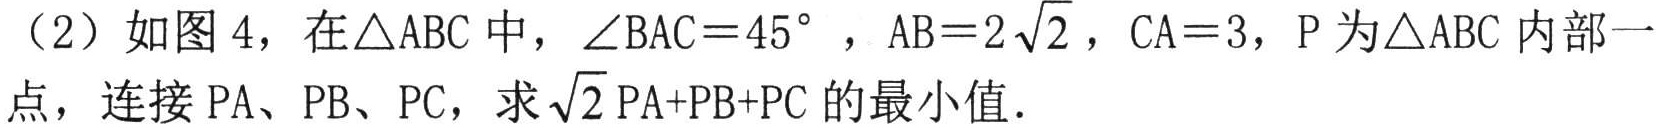
（2）如图 4，在$\triangle ABC$中，$\angle BAC = 45^{\circ}$，$AB = 2\sqrt{2}$，$CA = 3$，$P$为$\triangle ABC$内部一点，连接$PA$、$PB$、$PC$，求$\sqrt{2}PA + PB + PC$的最小值．